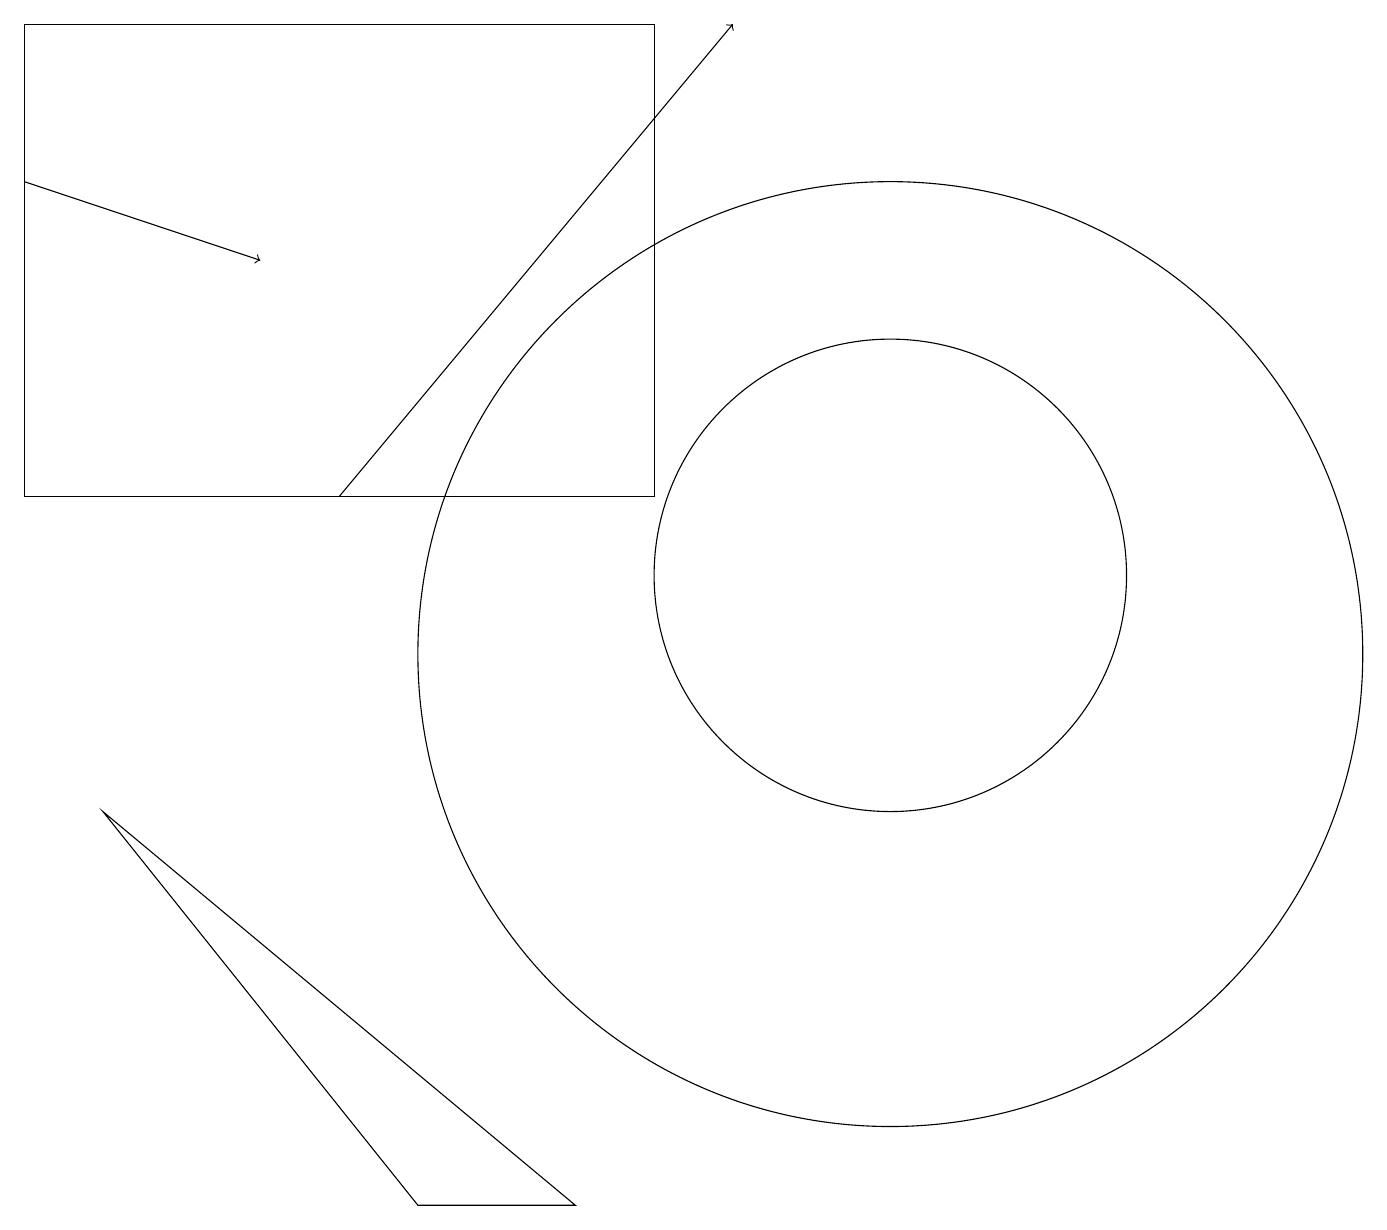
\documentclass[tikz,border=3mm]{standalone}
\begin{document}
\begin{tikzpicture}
\draw (11,10) circle (6);
\draw (0,18) rectangle (8,12);
\draw (5,3) -- (7,3) -- (1,8) -- cycle;
\draw[->] (4,12) -- (9,18);
\draw (11,11) circle (3);
\draw[->] (0,16) -- (3,15);
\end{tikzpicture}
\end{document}